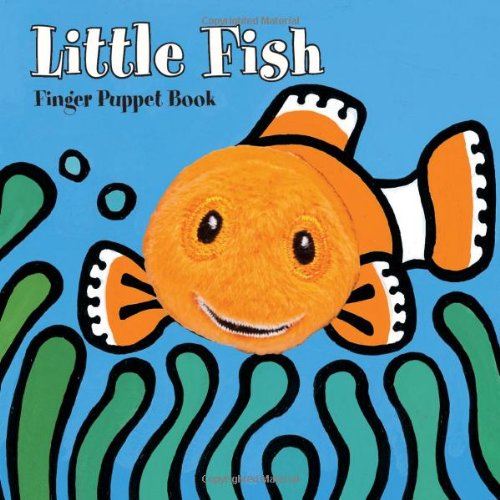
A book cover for Little Fish: Finger Puppet Book (Little Finger Puppet Board Books); ImageBooks; Children's Books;